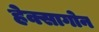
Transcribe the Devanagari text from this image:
हेक्सागोन